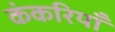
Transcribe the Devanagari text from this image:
कंकरियाँ